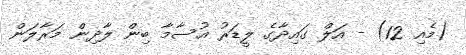
(މެއި 12) - އަލް ގައިދާގެ ލީޑަރު އުސާމާ ބިން ލާދިން މަރާލަން